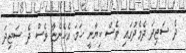
ދެ ސަޖިދަ ދެމެދުގައި ވެސް ކިޔާނީ ހަމަ އެހެންޏާ ވެސް ދެ ސަޖިދަ